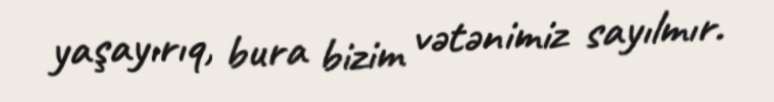
yaşayırıq, bura bizim vətənimiz sayılmır.